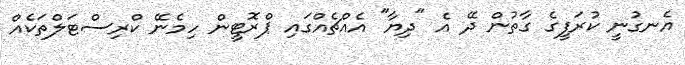
އެނގުނީ ކުރަފީގެ ގާތުން ދޭ އެ "ދިޔާ" އެއްޗެއްގައި ޕްރޮޓީން ހިމެނޭ ކްރިސްޓަލްތަކެއް